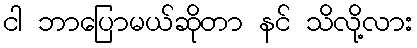
ငါ ဘာပြောမယ်ဆိုတာ နင် သိလို့လား